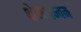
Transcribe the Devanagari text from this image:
क्षेमधन्वन